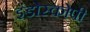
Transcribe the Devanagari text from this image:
इंडोस्कोपी